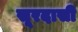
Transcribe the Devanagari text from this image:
सूरदासी